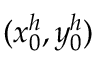
( x _ { 0 } ^ { h } , y _ { 0 } ^ { h } )